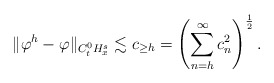
\begin{align*}\begin{aligned}\|\varphi^h - \varphi\|_{C_t^0H_x^s} &\lesssim c_{\geq h}=\left(\sum_{\substack{n=h}}^{\infty} c_n^2\right)^{\frac{1}{2}}.\end{aligned}\end{align*}